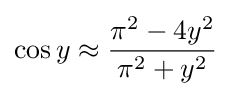
\cos y\approx {\frac {\pi ^{2}-4y^{2}}{\pi ^{2}+y^{2}}}